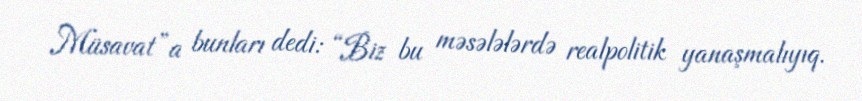
Müsavat”a bunları dedi: “Biz bu məsələlərdə realpolitik yanaşmalıyıq.